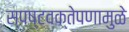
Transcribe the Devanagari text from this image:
स्पष्टवक्तेपणामुळे